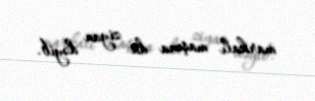
markalı maşına da ziyan dəyib.